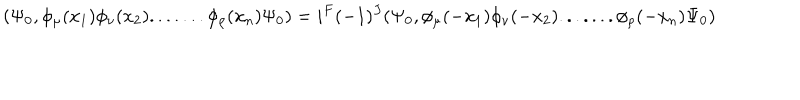
( \Psi _ { 0 } , \phi _ { \mu } ( x _ { 1 } ) \phi _ { \nu } ( x _ { 2 } ) . . . . . . . \phi _ { \rho } ( x _ { n } ) \Psi _ { 0 } ) = i ^ { F } ( - 1 ) ^ { J } ( \Psi _ { 0 } , \phi _ { \mu } ( - x _ { 1 } ) \phi _ { \nu } ( - x _ { 2 } ) . . . . . . . \phi _ { \rho } ( - x _ { n } ) \Psi _ { 0 } )